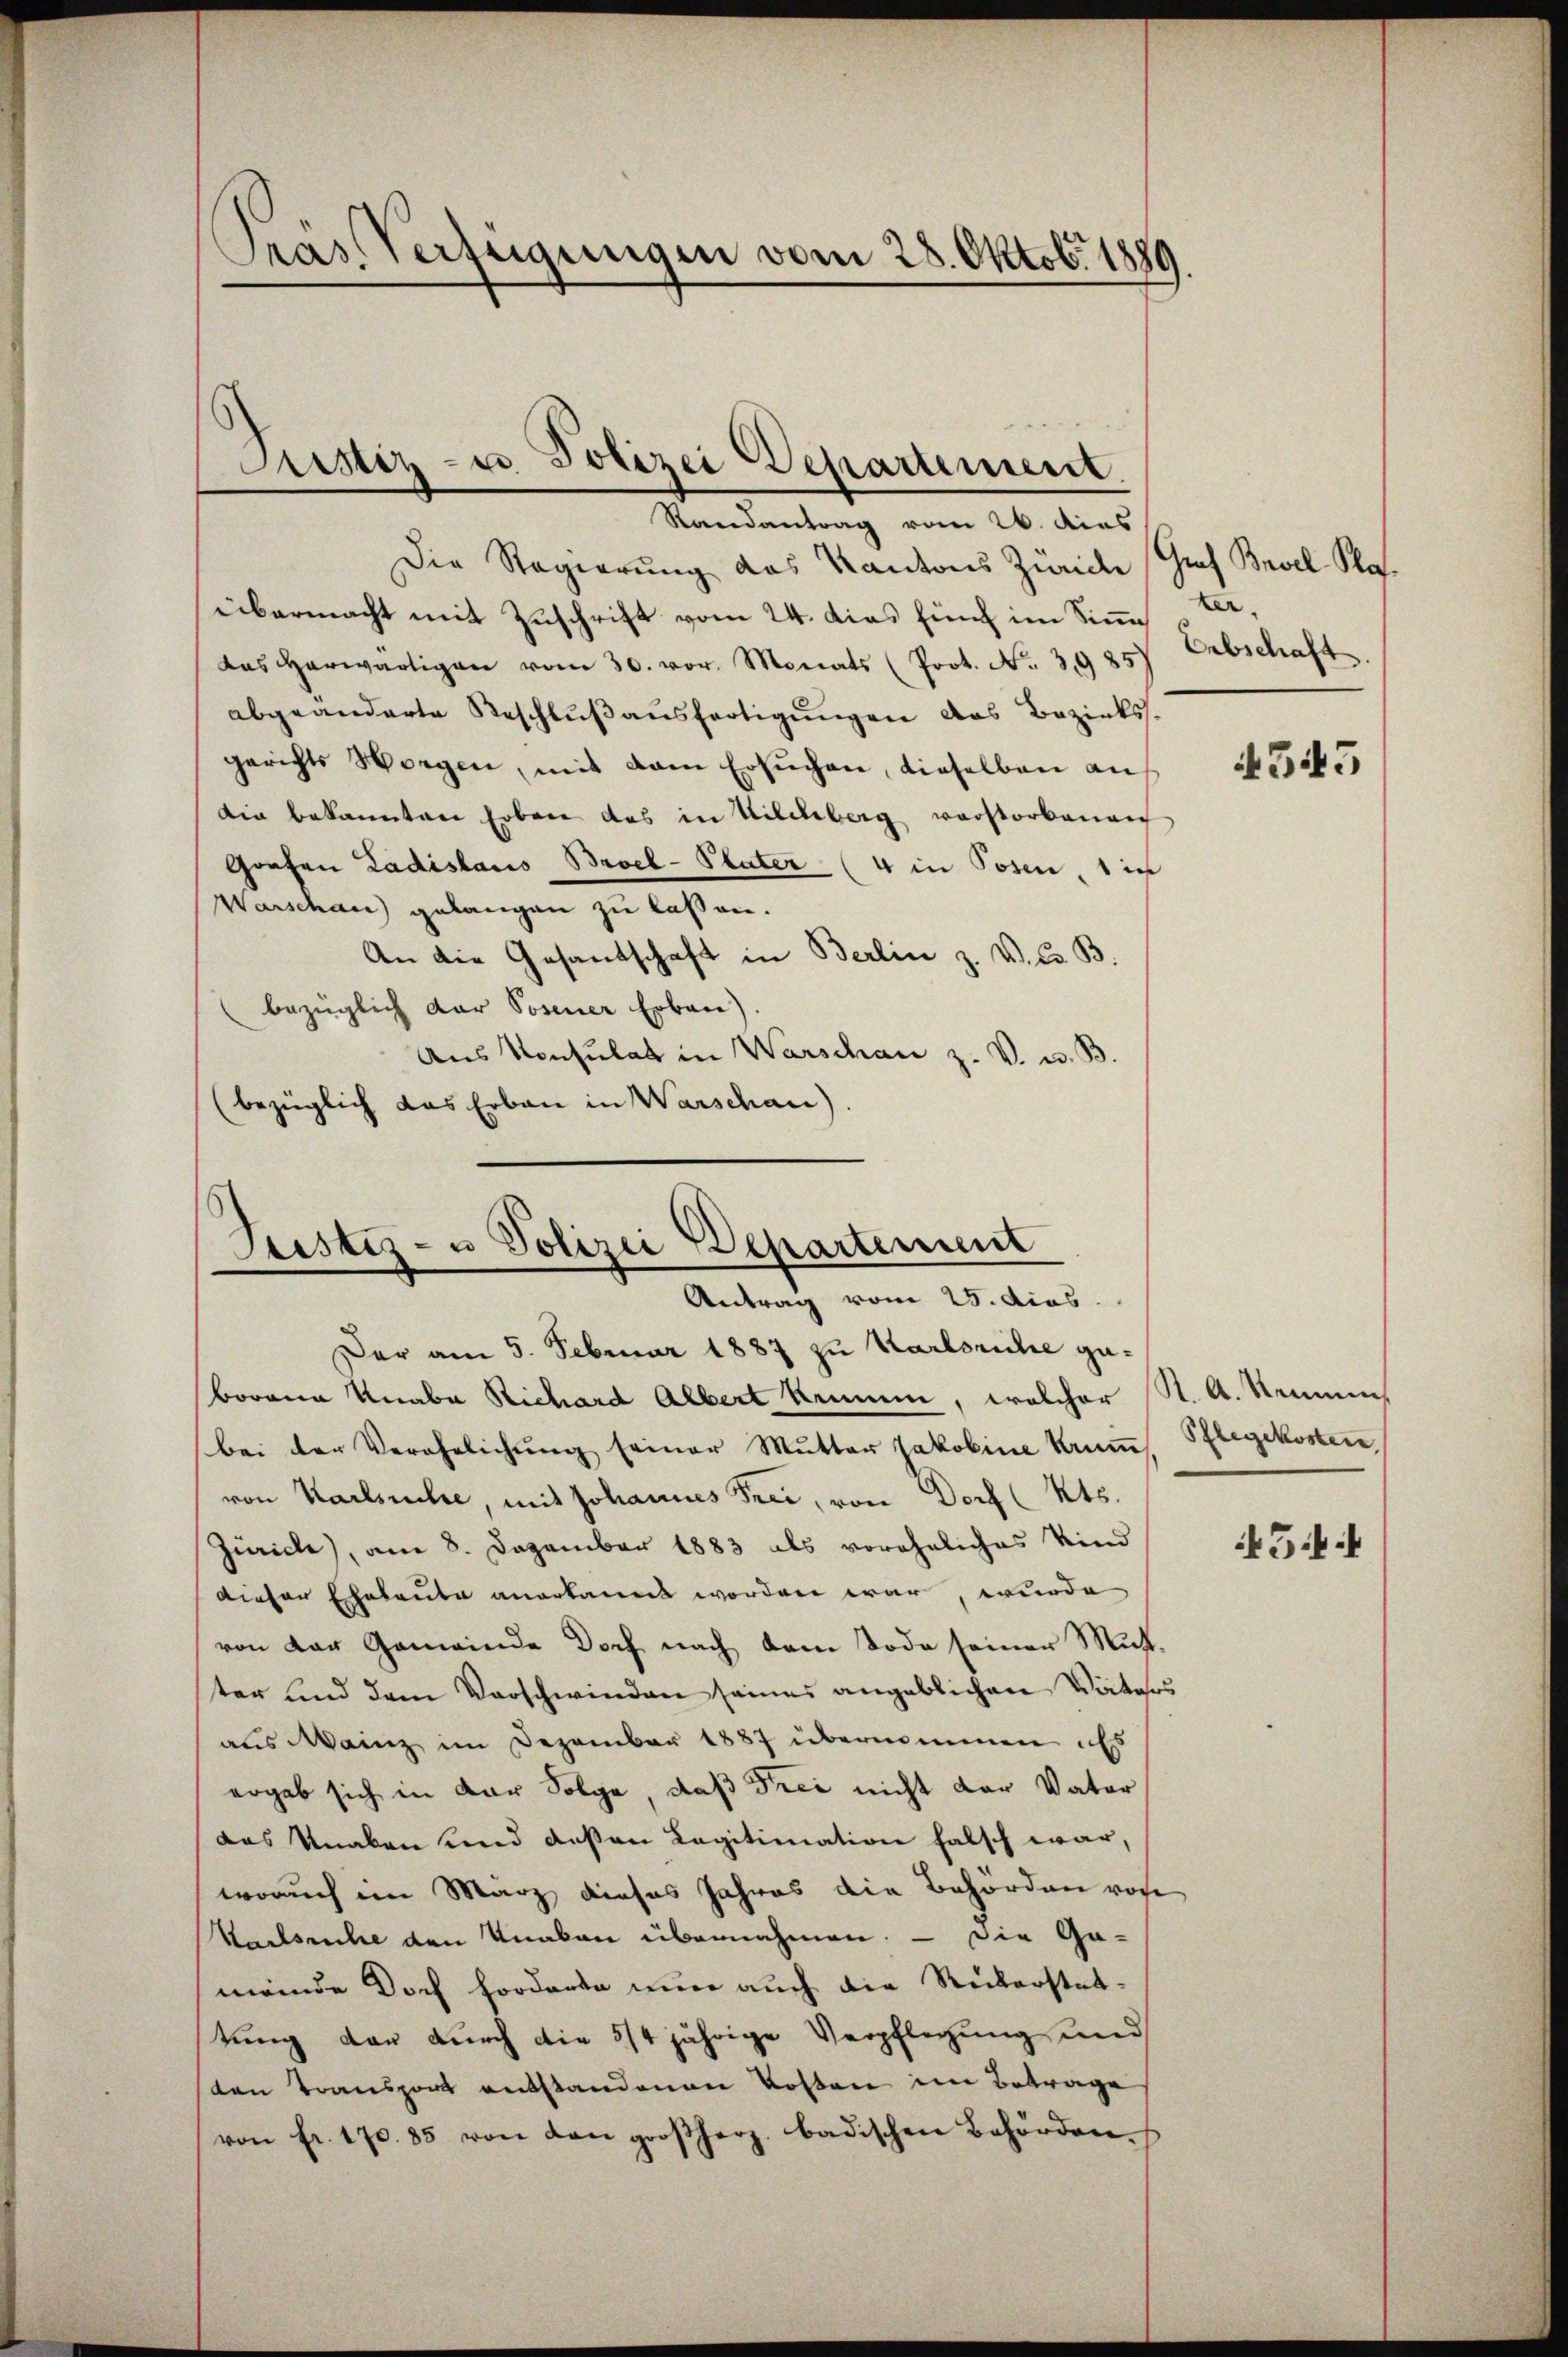
Tras Verfügungen vom 28. Oktobr. 1889.

Justiz- u. Polizei Departement.
Randantrag vom 26. dies

Die Regierung das Kantons Zürich
übermacht mit Zuschrift vom 24. dies fünf im Sinn
das herwärtigen vom 30. vor. Monats (Prot. No. 3985
abgeänderte Beschlŭβaŭsfertigungen das Bezirkssgerichts Worgen, mit dem ersŭchen, dieselben an
die bekannten Erben das in Kilchberg verstorbenen
Grafen Ladislaus Broel-Plater (4 in Posen, 1 in
Warschau gelangen zu lassen.
An die Gesandschaft in Berlin z. V. C. B.
bezüglich der Posener Erbau)
Aus Konsulat in Warschan z. V. u. B.
(bezüglich das Erbau in Warschan).

6
Justiz- u Polizei Departement
Antrag vom 25. dies

Der am 5. Februar 1887 zu Karlsriche geborena Knabe Sichard Albert kommen, welcher
bei der Verehrlichŭng seiner Mutter Jakobine kann. Pflegekosten
von Karlswehre, mit Johannes Frei, von Dorf (Kts.
Zürich), am 8. Dezember 1883 als voreheliches Kind
dieser Eheleute anerkannt worden war, wurde
von der Gemeinde Doch nach dem Tode seiner Mutter und dem Vorschwinden seines angeblichen Väters
aus Mainz im Dezember 1887 übernommen ist
ergab sich in der Folge, daß Frei nicht der Vater
das Knaben und dessen Legitimation falsch war,
worauf im März dieses Jahres die Behörden rohe
Karlsruhe den Knaben übernahmen. — Die Ga-
meinde Doch forderte nun auch die Rükerstattung der durch die 5/4 jährige Verpflegung und
sten Transport entstandenen Kosten im Betrage
von fr. 170. 85 von den großherz. badischen Behörden.

Graf Basel Rof.
ter.
Erbschaft

4545

St. A. Namens

454